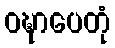
ဝဍ္ဎာပေတုံ